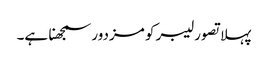
پہلا تصور لیبر کو مزدور سمجھنا ہے۔